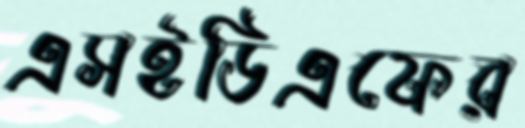
এসইডিএফের